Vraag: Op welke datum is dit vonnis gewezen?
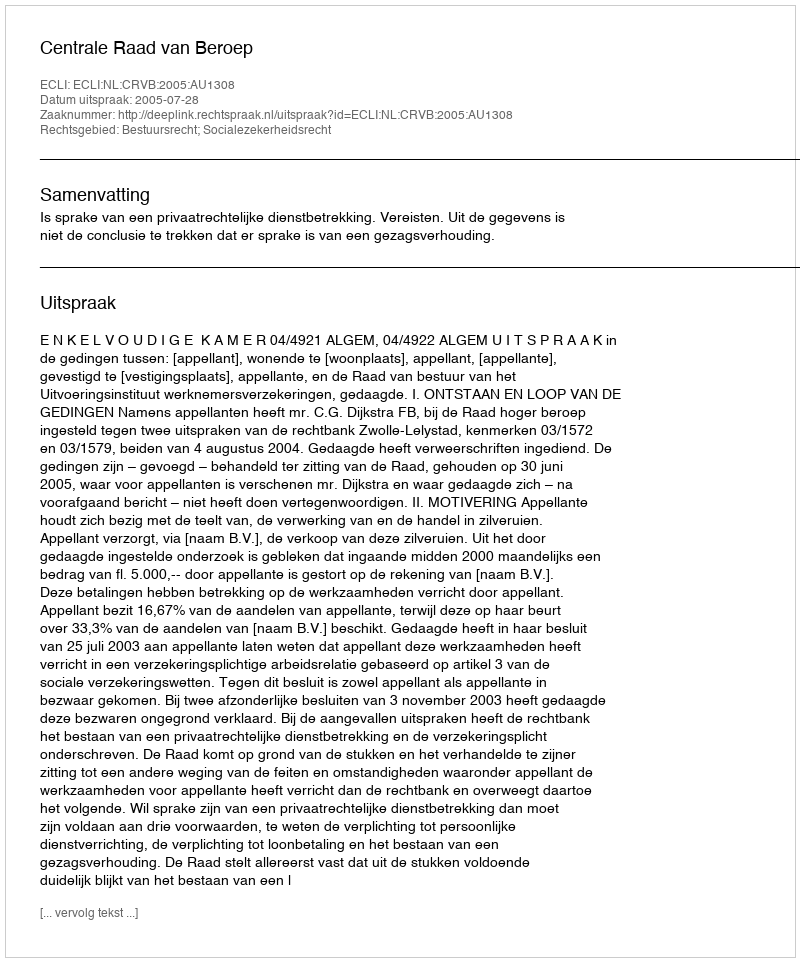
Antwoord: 2005-07-28